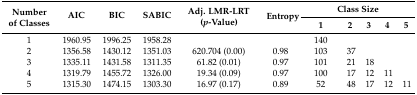
| <ROWSPAN=2> Number of Classes | <ROWSPAN=2> AIC | <ROWSPAN=2> BIC | <ROWSPAN=2> SABIC | <ROWSPAN=2> Adj. LMR-LRT (p-Value) | <ROWSPAN=2> Entropy | <COLSPAN=5> Class Size |
 | 1 | 2 | 3 | 4 | 5 |
 | --- | --- | --- | --- | --- | --- | --- | --- | --- | --- | --- |
 | 1 | 1960.95 | 1996.25 | 1958.28 |  |  | 140 |  |  |  |  |
 | 2 | 1356.58 | 1430.12 | 1351.03 | 620.704 (0.00) | 0.98 | 103 | 37 |  |  |  |
 | 3 | 1335.11 | 1431.58 | 1311.35 | 61.82 (0.01) | 0.97 | 101 | 21 | 18 |  |  |
 | 4 | 1319.79 | 1455.72 | 1326.00 | 19.34 (0.09) | 0.97 | 100 | 17 | 12 | 11 |  |
 | 5 | 1315.30 | 1474.15 | 1303.30 | 16.97 (0.17) | 0.89 | 52 | 48 | 17 | 12 | 11 |